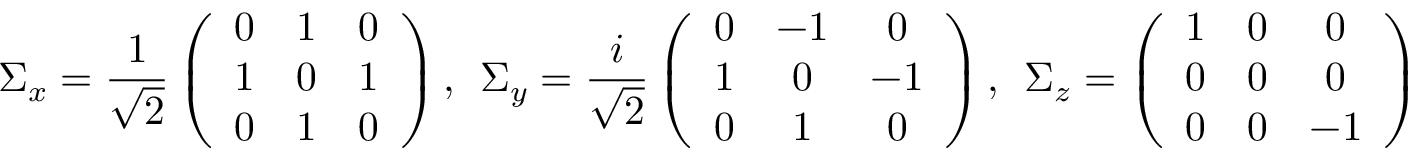
\Sigma _ { x } = \frac { 1 } { \sqrt { 2 } } \left( \begin{array} { c c c } { 0 } & { 1 } & { 0 } \\ { 1 } & { 0 } & { 1 } \\ { 0 } & { 1 } & { 0 } \end{array} \right) , \ \ \Sigma _ { y } = \frac { i } { \sqrt { 2 } } \left( \begin{array} { c c c } { 0 } & { - 1 } & { 0 } \\ { 1 } & { 0 } & { - 1 } \\ { 0 } & { 1 } & { 0 } \end{array} \right) , \ \ \Sigma _ { z } = \left( \begin{array} { c c c } { 1 } & { 0 } & { 0 } \\ { 0 } & { 0 } & { 0 } \\ { 0 } & { 0 } & { - 1 } \end{array} \right) \, ,